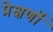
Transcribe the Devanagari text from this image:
प्रेक्षणॉं